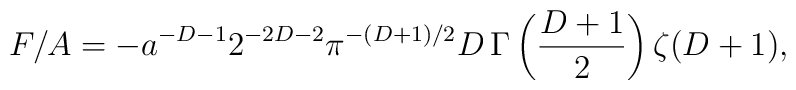
F/A=-a^{-D-1}2^{-2D-2}\pi^{-(D+1)/2}D\,\Gamma\left ({D+1\over2}\right )\zeta (D+1),